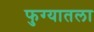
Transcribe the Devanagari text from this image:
फुग्यातला